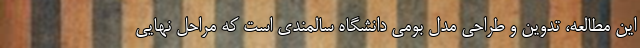
این مطالعه، تدوین و طراحی مدل بومی دانشگاه سالمندی است که مراحل نهایی